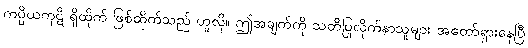
ကပ္ပိယကုဋိ ရှိထိုက် ဖြစ်ထိုက်သည် ဟူလို။ ဤအချက်ကို သတိပြုလိုက်နာသူများ အတော်ရှားနေပြီ